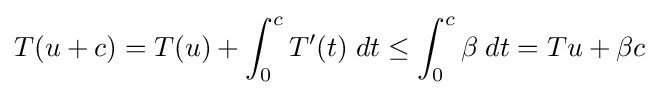
T(u+c)=T(u)+\int _{0}^{c}T'(t)\;dt\leq \int _{0}^{c}\beta \;dt=Tu+\beta c